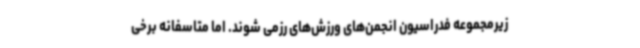
زیرمجموعه فدراسیون انجمن‌های ورزش‌های رزمی شوند. اما متاسفانه برخی